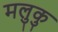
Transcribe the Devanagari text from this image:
मलुकु